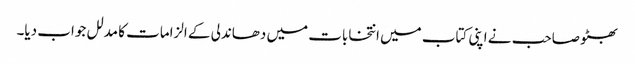
بھٹو صاحب نے اپنی کتاب میں انتخابات میں دھاندلی کے الزامات کا مدلل جواب دیا۔